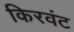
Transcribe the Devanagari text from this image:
किरवंट